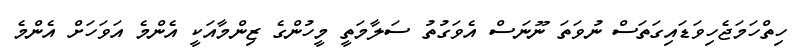
ހިތްހަމަޖެހިވަޑައިގަތަސް ނުވަތަ ނޫނަސް އެވަގުތު ސަލާމަތީ މީހުންގެ ޒިންމާއަކީ އެންމެ އަވަހަށް އެންމެ